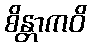
စိန္တာကဝိ